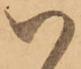
以